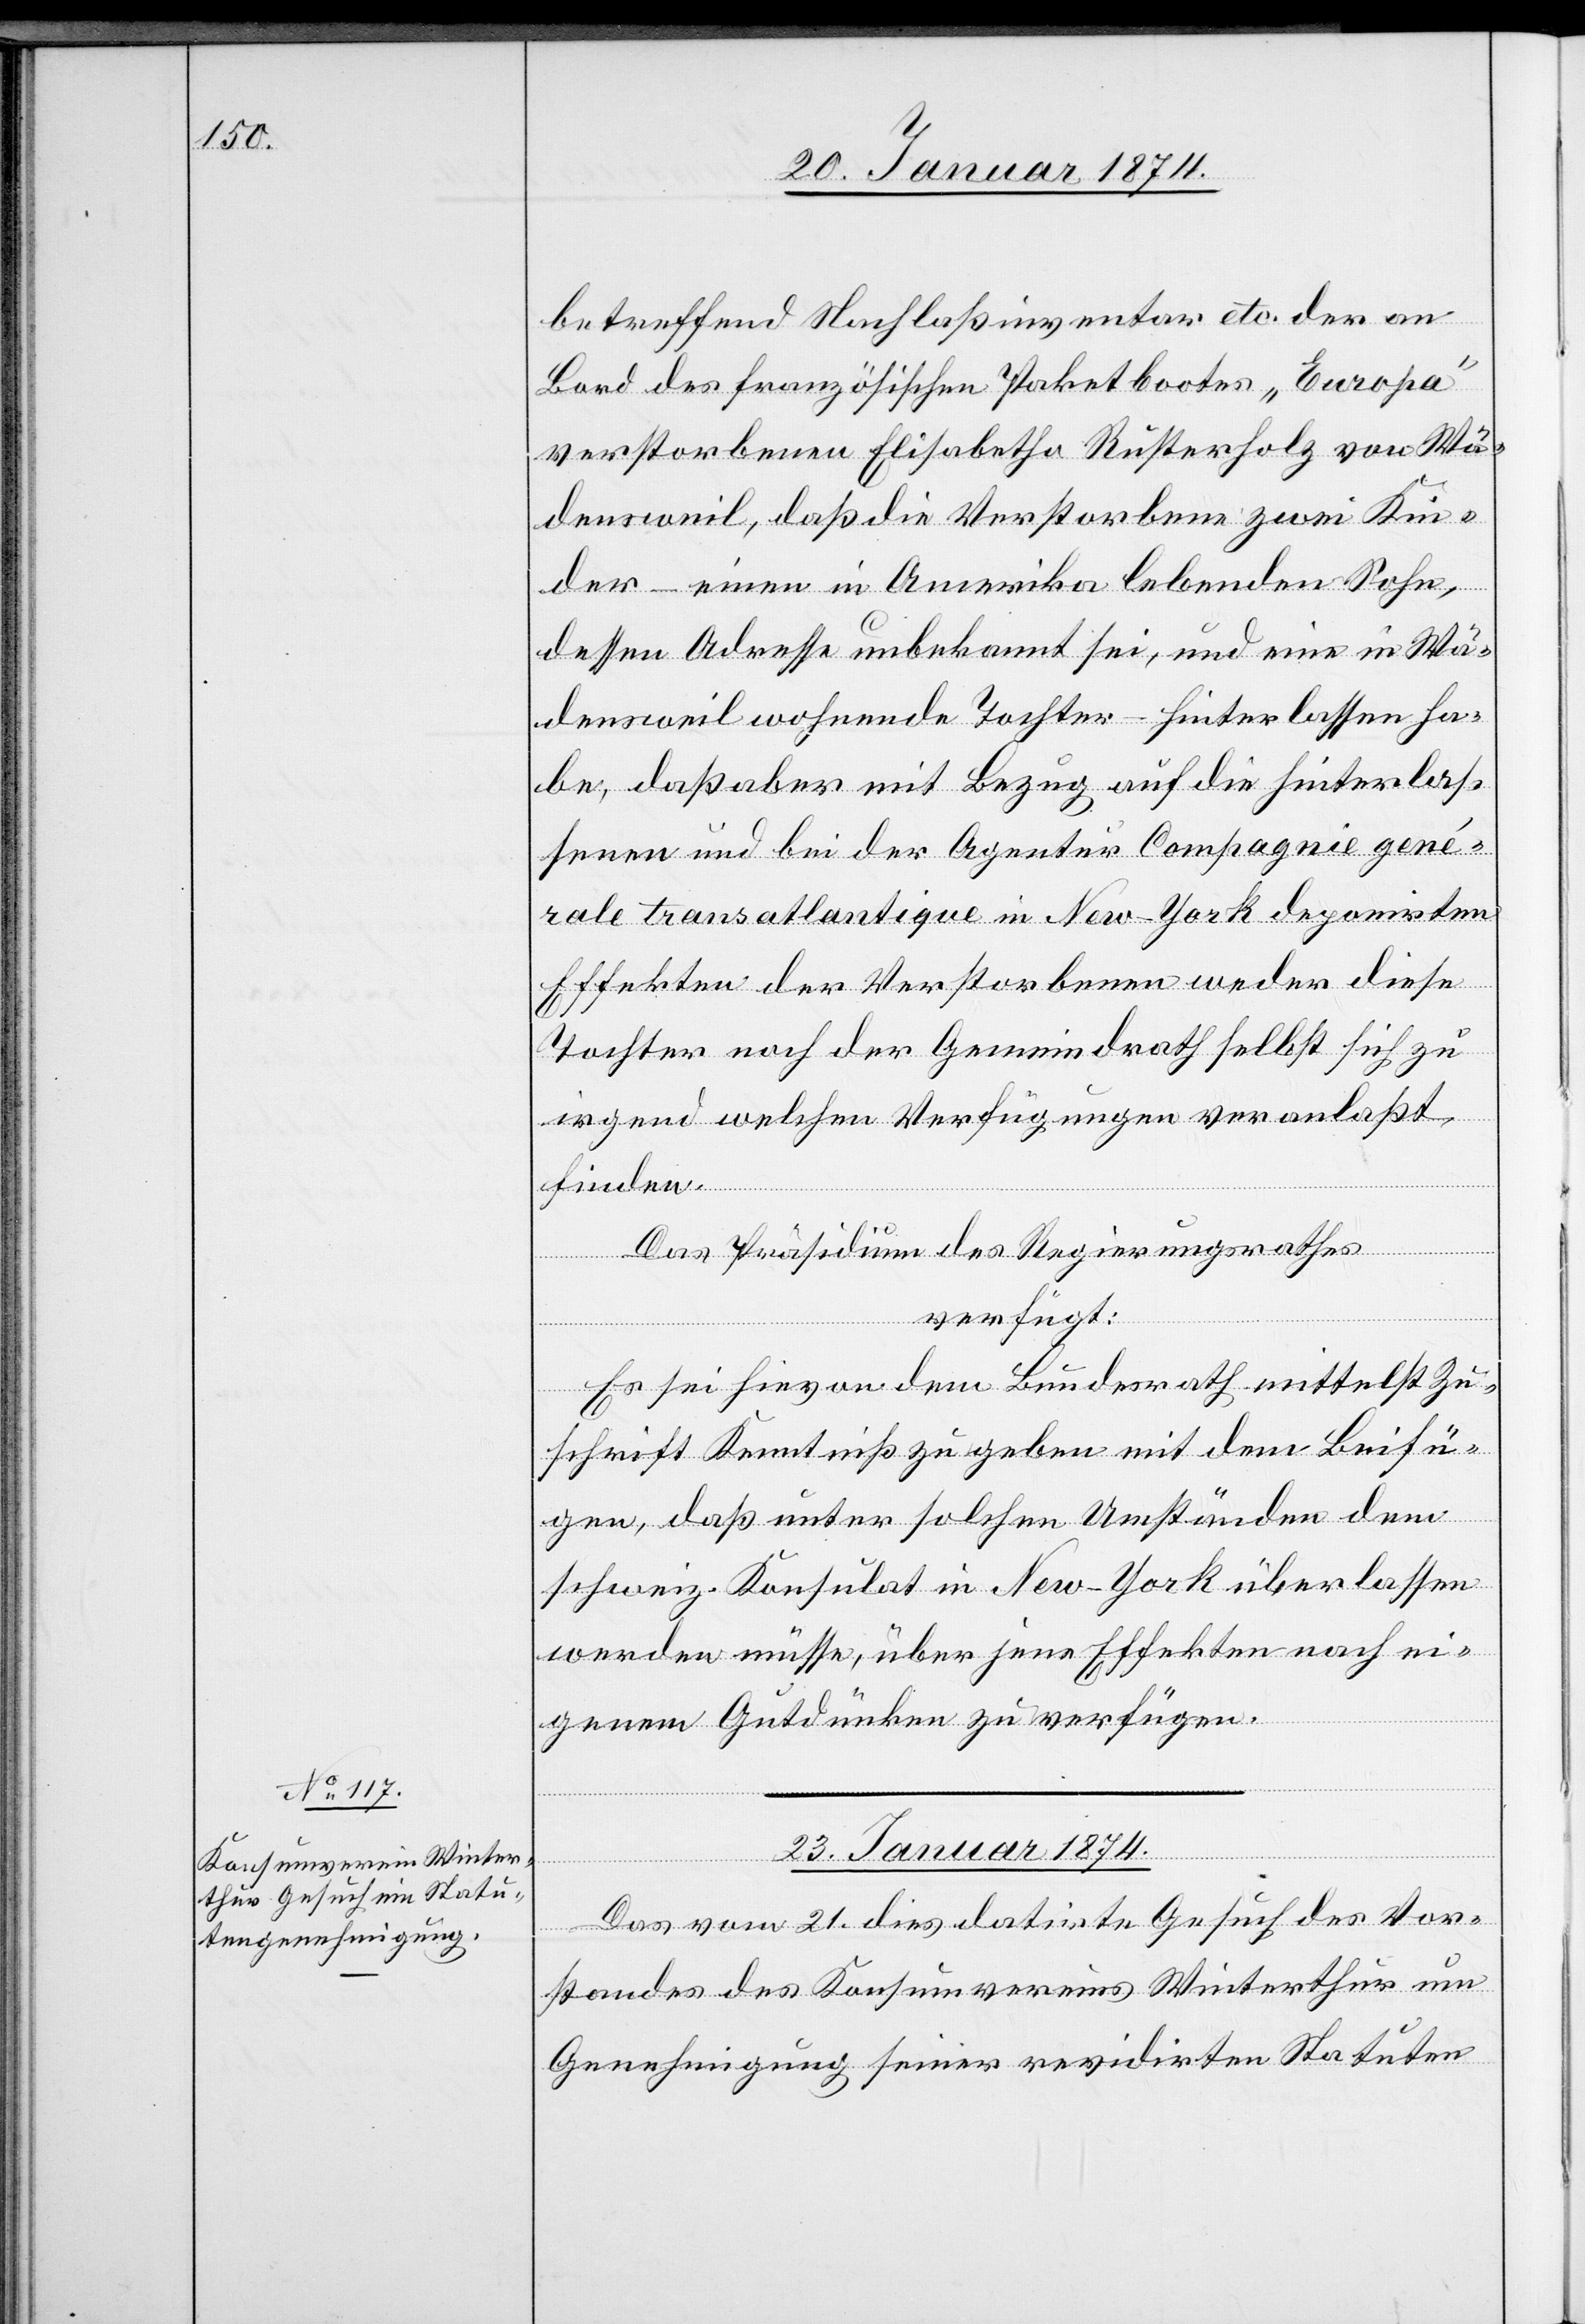
betreffend Nachlaßinventar etc. der an
Bord des französischen Paketbootes „Europa“
verstorbenen Elisabeth Kusterholz von Wä¬
densweil, daß die Verstorbene zwei Kin¬
der – einen in Amerika lebenden Sohn,
dessen Adresse unbekannt sei, und eine in Wä¬
densweil wohnende Tochter – hinterlassen ha¬
be, daß aber mit Bezug auf die Hinterlas¬
senen und bei der Agentur Compagnie genér¬
ale Transatlantique in New-York deponirten
Effekten der Verstorbenen weder diese
Tochter noch der Gemeindrath selbst sich zu
irgend welchen Verfügungen veranlaßt
finden.
Das Präsidium des Regierungsrathes
verfügt:
Es sei hievon dem Bundesrath mittelst Zu¬
schrift Kenntniß zu geben mit dem Beifü¬
gen, daß unter solchen Umständen dem
schweiz. Konsulat in New-York überlassen
werden müsse, über jene Effekten nach ei¬
genem Gutdünken zu verfügen.
23. Januar 1874.
Das vom 21. dies datirte Gesuch des Vor¬
standes des Konsumvereines Winterthur um
Genehmigung seiner revidirten Statuten